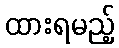
ထားရမည့်